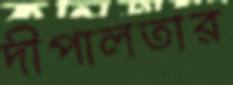
দীপালতার